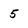
Character: 5